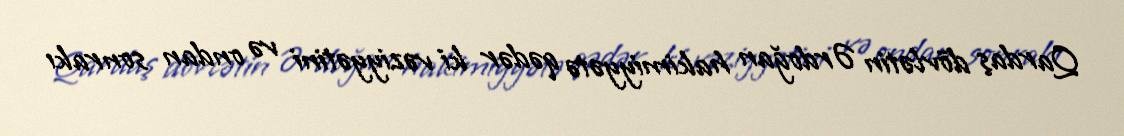
Qardaş dövlətin Ərdoğan hakimiyyətə qədər ki vəziyyətini və ondan sonrakı